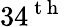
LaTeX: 34^{\mathrm{~t~h~}}